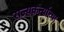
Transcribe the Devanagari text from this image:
राज्यकर्त्याच्या